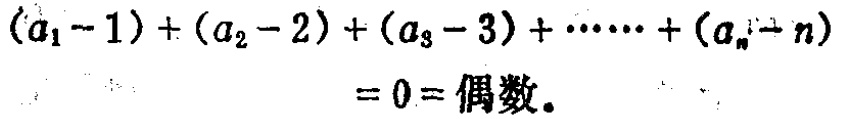
\((a_{1}-1)+(a_{2}-2)+(a_{3}-3)+\cdots+(a_{n}-n)=0=\text{偶数}.\)